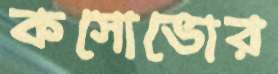
কসোভোর